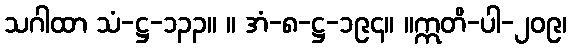
သဂါထာ သံ-ဋ္ဌ-၁၃၃။ ။ အံ-၈-ဋ္ဌ-၁၉၄။ ။ဣတိ-ပါ-၂၀၉၊